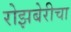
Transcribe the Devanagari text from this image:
रोझबेरीचा